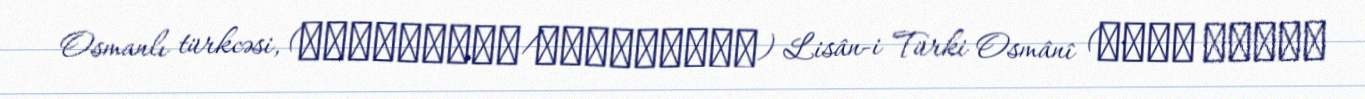
Osmanlı türkcəsi, (عثمانلیجه/عثمانلوجه) Lisân-i Türki Osmânî (لسان توركى